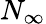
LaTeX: N_{\infty}